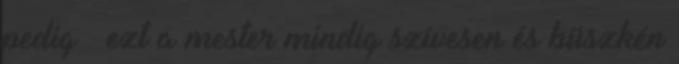
pedig – ezt a mester mindig szívesen és büszkén